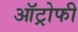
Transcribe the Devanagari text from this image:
ऑट्रोफी